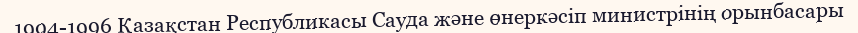
1994-1996 Қазақстан Республикасы Сауда және өнеркәсіп министрінің орынбасары